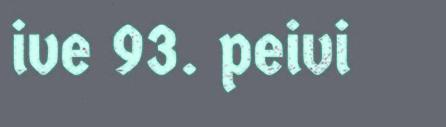
ive 93. peivi